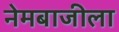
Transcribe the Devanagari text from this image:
नेमबाजीला